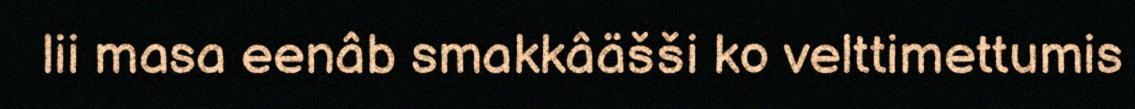
lii masa eenâb smakkâäšši ko velttimettumis